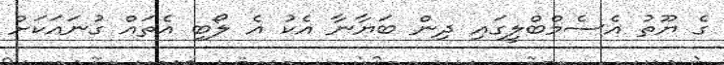
ގެ ޔޫތު އެސެމްބްލީގައި ދިން ބަޔާނާ އެކު އެ ލޯބި އެތައް ގުނައަކަށް